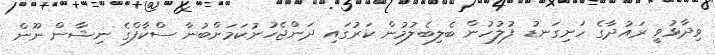
ވިދާޅުވީ ރައުދާގެ ހަށިގަނޑު ފުލުހުން ބެލިބެލުމުން ކަރުގައި ދަންޖެހުނުކަމަށްބުނާ ސްކާފްގެ ނިޝާން ނޫން